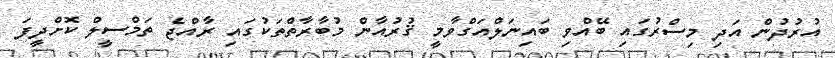
އުރުދުން އަދި މިސްރުގައި ބޭއްވި ބައިނަލްއަގްވާމީ ޤުރުއާން މުބާރާތްތަކުގައި ރާއްޖެ ތަމްސީލް ކޮށްދީފަ